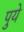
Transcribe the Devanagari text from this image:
पुये